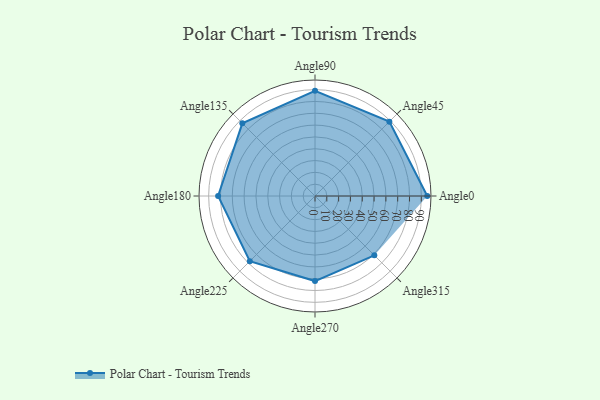
{"axis": {"x": "Angle", "y": "Radius"}, "legend": [""], "data": [{"x": "Angle0", "y": 95.0, "type": ""}, {"x": "Angle45", "y": 89.0, "type": ""}, {"x": "Angle90", "y": 89.0, "type": ""}, {"x": "Angle135", "y": 87.0, "type": ""}, {"x": "Angle180", "y": 82.0, "type": ""}, {"x": "Angle225", "y": 78.0, "type": ""}, {"x": "Angle270", "y": 72.0, "type": ""}, {"x": "Angle315", "y": 71.0, "type": ""}]}